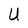
Character: U